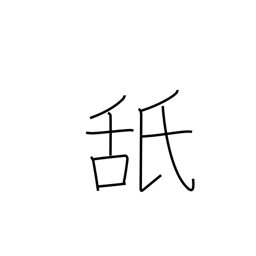
Meaning: taste